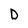
Character: D